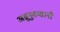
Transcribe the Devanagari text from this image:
अब्रुनुकसानी